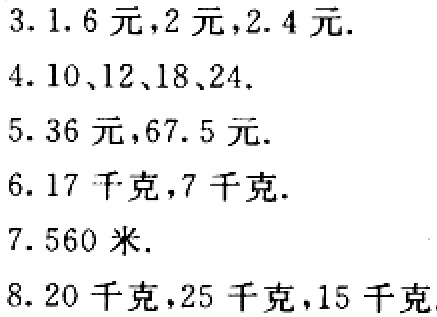
3. \(1.6\)元，\(2\)元，\(2.4\)元.

4. \(10\)、\(12\)、\(18\)、\(24\).

5. \(36\)元，\(67.5\)元.

6. \(17\)千克，\(7\)千克.

7. \(560\)米.

8. \(20\)千克，\(25\)千克，\(15\)千克